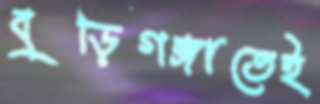
বুড়িগঙ্গাতেই